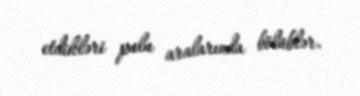
etdikləri pulu aralarında bölüblər.